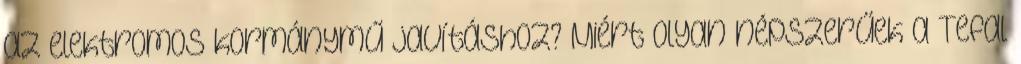
az elektromos kormánymű javításhoz? Miért olyan népszerűek a Tefal